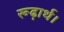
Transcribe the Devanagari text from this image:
रूढ़ार्थ।